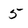
Character: 5